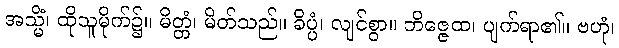
အသ္မိံ၊ ထိုသူမိုက်၌။ မိတ္တံ၊ မိတ်သည်။ ခိပ္ပံ၊ လျင်စွာ။ ဘိဇ္ဇေထ၊ ပျက်ရာ၏။ ဗဟုံ၊